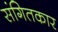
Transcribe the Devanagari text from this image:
संगितकार